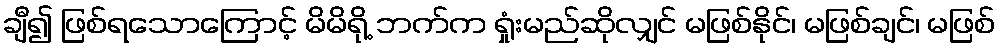
ချီ၍ ဖြစ်ရသောကြောင့် မိမိရို့ ဘက်က ရှုံးမည်ဆိုလျှင် မဖြစ်နိုင်၊ မဖြစ်ချင်၊ မဖြစ်